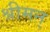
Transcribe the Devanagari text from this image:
श्रीमन्